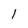
Character: 1